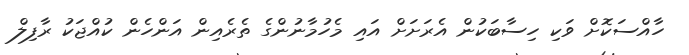
ހާއްސަކޮށް ވަކި ހިސާބަކުން އެރަށަށް އައި މެހުމާނުންގެ ތެރެއިން އަންހެން ކުއްޖަކު ރާފިލް